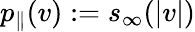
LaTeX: p_{\parallel}(v):=s_{\infty}(|v|)